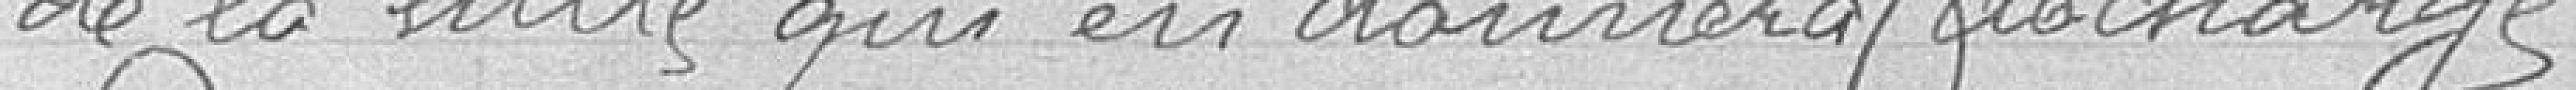
de la ville qui en donnera décharge.